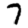
Digit: 7